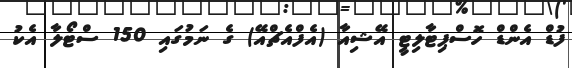
ފުޑް އެންޑް ހޮސްޕިޓާލިޓީ އޭޝިއާ (އެފްއެޗްއޭ) ގެ ނަމުގައި 150 ސްޓޯލާ އެކު